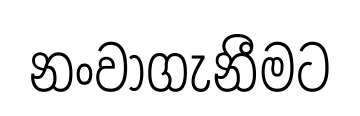
නංවාගැනීමට